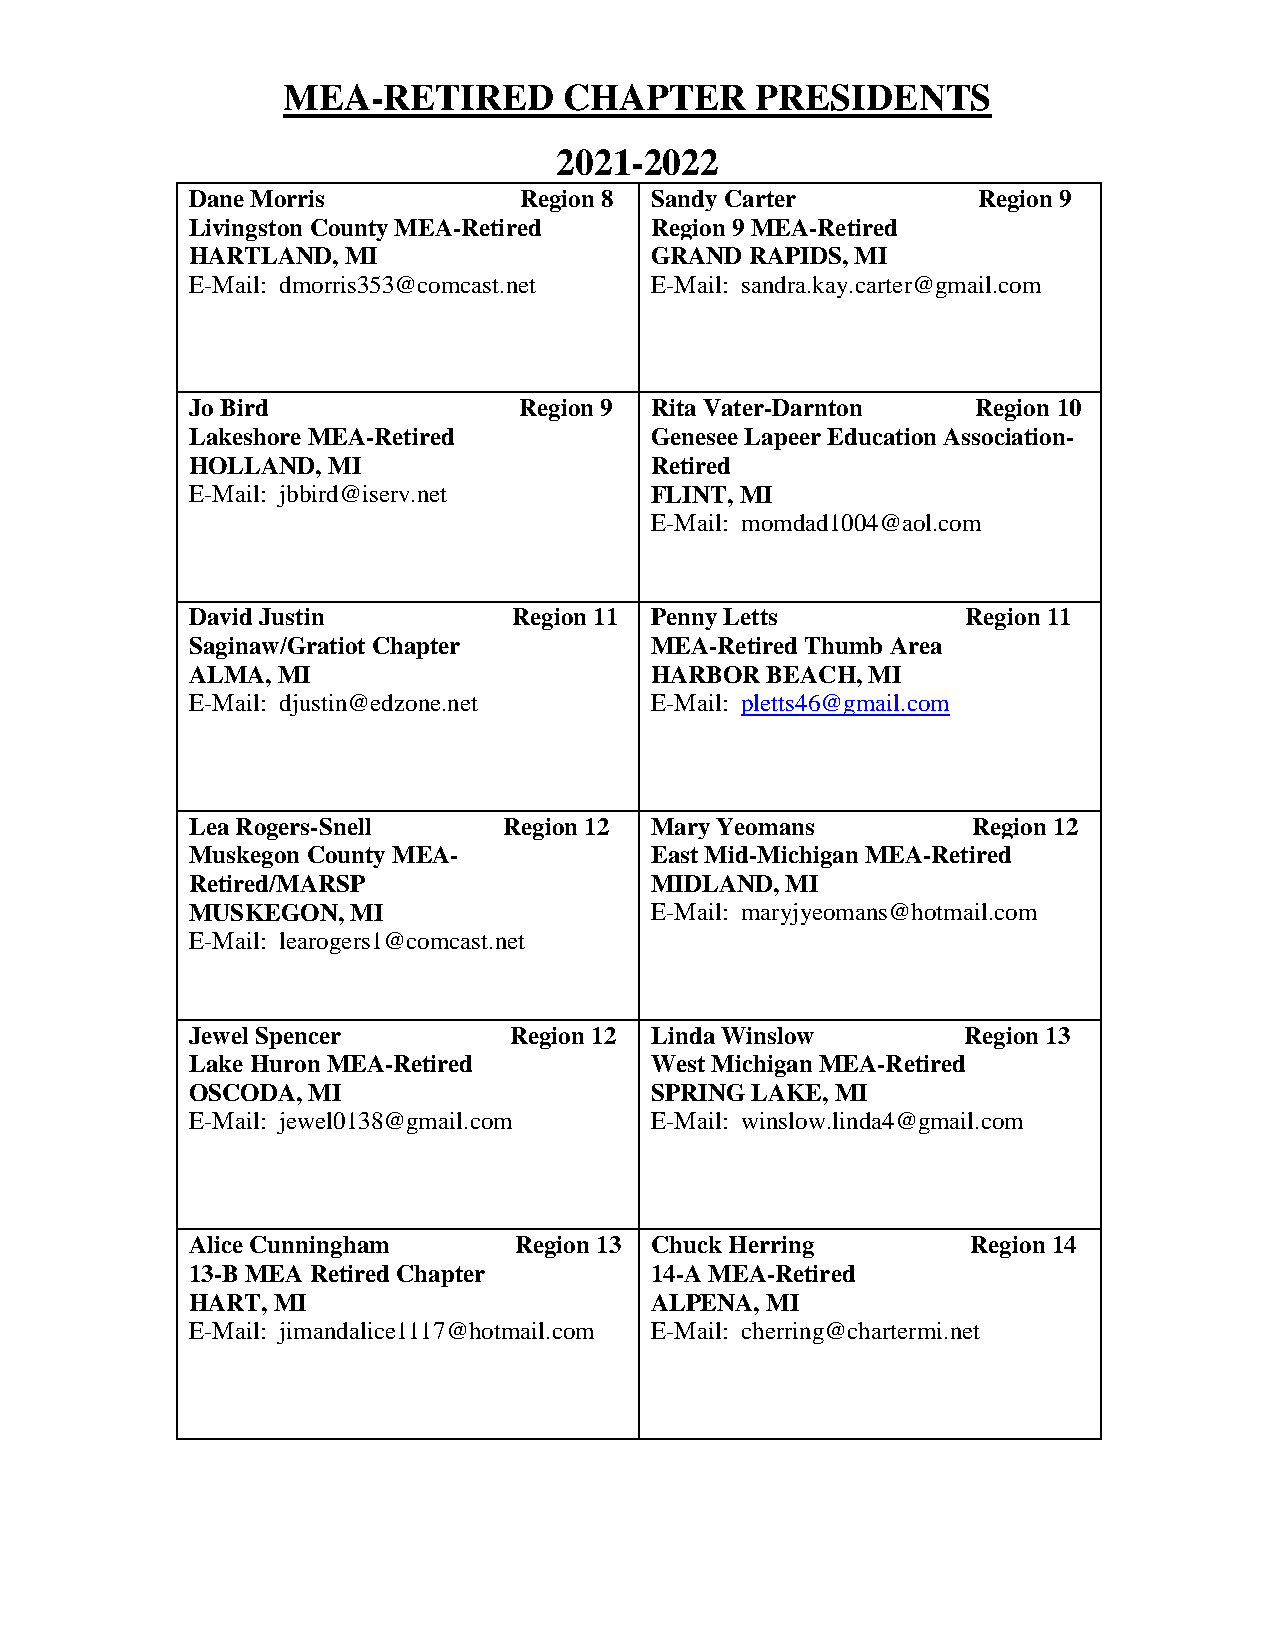
MEA-RETIRED       CHAPTER      PRESIDENTS
 2021-2022
 Dane Morris          Region 8 S a n d y C a r t e r Region 9
 Livingston County MEA-Retired Region 9 MEA-Retired
 HARTLAND, MI                  GRAND  RAPIDS, MI
 E-Mail: dmorris353@comcast.net E-Mail: sandra.kay.carter@gmail.com
 Jo Bird              Region 9 R i t a V a t e r - D a r n t o n Region 10
 Lakeshore MEA-Retired         Genesee Lapeer Education Association-
 HOLLAND, MI                   Retired
 E-Mail: jbbird@iserv.net      FLINT, MI
 E-Mail: momdad1004@aol.com
 David Justin         Region 11 P e n n y L e t t s Region 11
 Saginaw/Gratiot Chapter       MEA-Retired Thumb Area
 ALMA, MI                      HARBOR  BEACH, MI
 E-Mail: djustin@edzone.net    E-Mail: pletts46@gmail.com
 Lea Rogers-Snell    Region 12 M a r y Y e o mans   Region 12
 Muskegon County MEA-          East Mid-Michigan MEA-Retired
 Retired/MARSP                 MIDLAND, MI
 MUSKEGON, MI                  E-Mail: maryjyeomans@hotmail.com
 E-Mail: learogers1@comcast.net
 Jewel Spencer        Region 12 L i n d a W i n s l o w Region 13
 Lake Huron MEA-Retired        West Michigan MEA-Retired
 OSCODA, MI                    SPRING LAKE, MI
 E-Mail: jewel0138@gmail.com   E-Mail: winslow.linda4@gmail.com
 Alice Cunningham     Region 13 C h u c k H erring  Region 14
 13-B MEA Retired Chapter      14-A MEA-Retired
 HART, MI                      ALPENA, MI
 E-Mail: jimandalice1117@hotmail.com E-Mail: cherring@chartermi.net